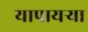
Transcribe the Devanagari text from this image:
यापायऱ्या